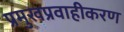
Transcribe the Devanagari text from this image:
प्रमुखप्रवाहीकरण